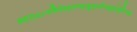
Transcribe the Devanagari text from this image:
क्ष्ग्र्द्य्५६८उकिवेअद्फ्स्ग्फ्त्स्र्रुय्७लोज्क्लुइओयुजिग्फ्च्क्ष